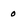
Character: 0